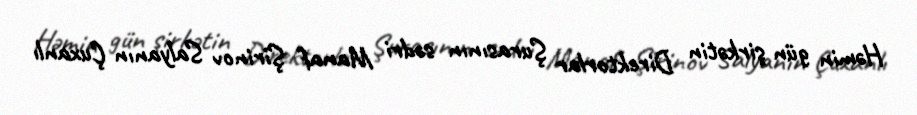
Həmin gün şirkətin Direktorlar Şurasının sədri Manaf Şirinov Salyanın Çuxanlı